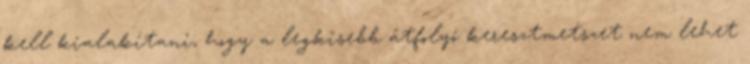
kell kialakítani, hogy a legkisebb átfolyó keresztmetszet nem lehet